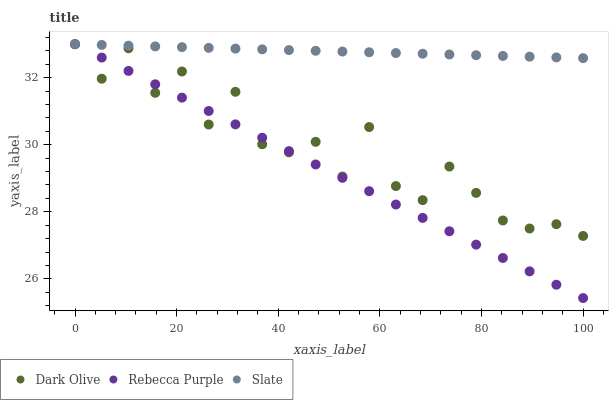
| xaxis_label | Dark Olive | Rebecca Purple | Slate |
 | --- | --- | --- | --- |
 | 0 | 33 | 33 | 33 |
 | 5.26 | 32 | 32.6 | 33 |
 | 10.5 | 32.9 | 32.2 | 33 |
 | 15.8 | 31.5 | 31.8 | 32.9 |
 | 21.1 | 32.2 | 31.4 | 32.9 |
 | 26.3 | 30.6 | 31 | 32.9 |
 | 31.6 | 31.6 | 30.6 | 32.9 |
 | 36.8 | 30 | 30.2 | 32.8 |
 | 42.1 | 29.8 | 29.8 | 32.8 |
 | 47.4 | 30.1 | 29.4 | 32.8 |
 | 52.6 | 29.1 | 29 | 32.8 |
 | 57.9 | 30.5 | 28.6 | 32.8 |
 | 63.2 | 28.8 | 28.2 | 32.7 |
 | 68.4 | 28.3 | 27.8 | 32.7 |
 | 73.7 | 29.4 | 27.4 | 32.7 |
 | 78.9 | 28.6 | 27 | 32.7 |
 | 84.2 | 27.7 | 26.6 | 32.6 |
 | 89.5 | 27.5 | 26.2 | 32.6 |
 | 94.7 | 27.6 | 25.8 | 32.6 |
 | 100 | 27.3 | 25.4 | 32.6 |